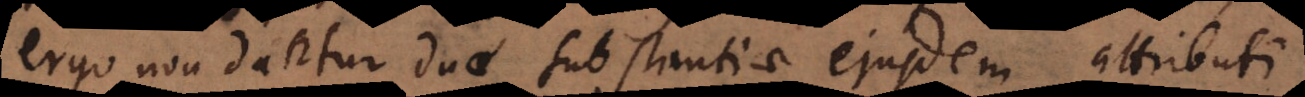
ergo non dantur duae substantiae ejusdem attributi.